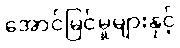
အောင်မြင်မှုများနှင့်